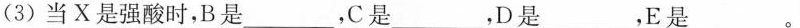
(3)当X是强酸时，B是___，C是___，D是___，E是___。